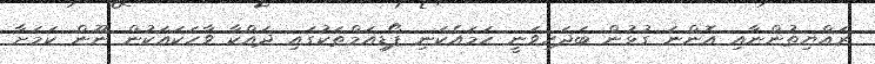
ރައްޔިތުންނާއި އޮންނަ ގުޅުން ބަދަހިވަނީ ހަމައެކަނި ޕޯޑިއަމްތަކުގައި ދައްކާ ވާހަކައަކުން ނޫން ކަމަށާ